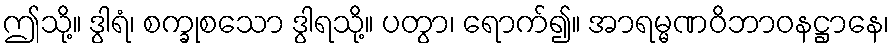
ဤသို့။ ဒွါရံ၊ စက္ခုစသော ဒွါရသို့။ ပတွာ၊ ရောက်၍။ အာရမ္မဏဝိဘာဝနဋ္ဌာနေ၊